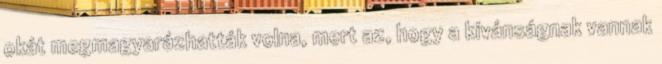
okát megmagyarázhatták volna, mert az, hogy a kívánságnak vannak